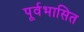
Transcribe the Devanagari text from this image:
पूर्वभासित